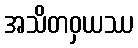
အသိတဝှယဿ